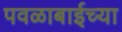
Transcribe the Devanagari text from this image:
पवळाबाईच्या